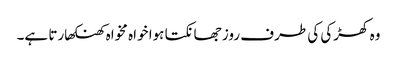
وہ کھڑکی کی طرف روز جھانکتا ہوا خواہ مخواہ کھنکھارتا ہے۔